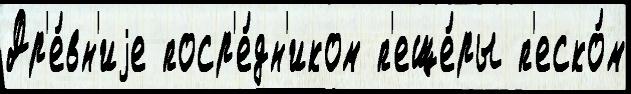
Др'е́вн'иjе поср'е́дн'иком п'еще́ры п'еско́м